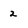
Character: z